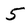
Character: 5